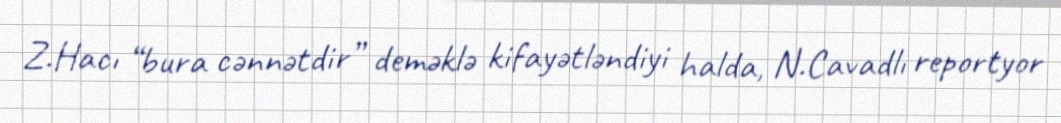
Z.Hacı “bura cənnətdir” deməklə kifayətləndiyi halda, N.Cavadlı reportyor